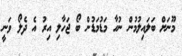
މޫނަށް ބަލައިލުމުން ނުހާ މަޑުމަޑުން ބޯ ޖަހާލި އިރު އެ ދެލޯ ވަނީ